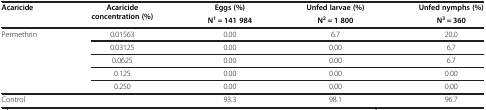
| <ROWSPAN=2> Acaricide | <ROWSPAN=2> Acaricide concentration (%) | Eggs (%) | Unfed larvae (%) | Unfed nymphs (%) |
 | N1 = 141 984 | N2 = 1 800 | N3 = 360 |
 | --- | --- | --- | --- | --- |
 | <ROWSPAN=5> Permethrin | 0.01563 | 0.00 | 6.7 | 20.0 |
 | 0.03125 | 0.00 | 0.00 | 6.7 |
 | 0.0625 | 0.00 | 0.00 | 6.7 |
 | 0.125 | 0.00 | 0.00 | 0.00 |
 | 0.250 | 0.00 | 0.00 | 0.00 |
 | <COLSPAN=2> Control | 93.3 | 98.1 | 96.7 |